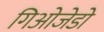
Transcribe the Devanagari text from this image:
गिओजेडो